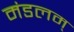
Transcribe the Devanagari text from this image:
मंडलम्‌